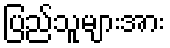
ပြည်သူများအား